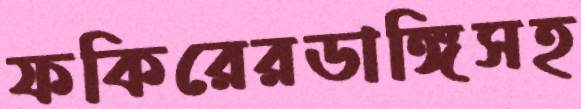
ফকিরেরডাঙ্গিসহ